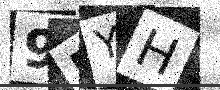
Text: 95YH